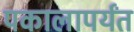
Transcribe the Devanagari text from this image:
पकालापर्यंत